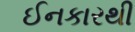
ઈનકારથી